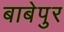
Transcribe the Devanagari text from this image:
बाबेपुर